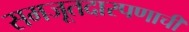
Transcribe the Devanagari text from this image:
समजूतदारपणाची